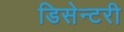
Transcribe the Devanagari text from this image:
डिसेन्टरी